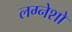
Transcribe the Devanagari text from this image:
लग्नेशो